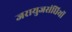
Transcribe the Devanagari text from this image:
जरायुजसंधियों